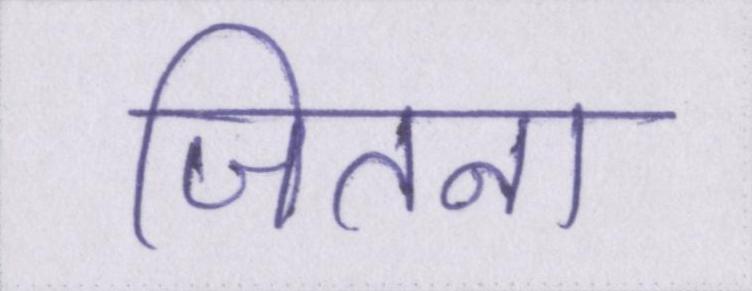
जितना